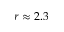
r \approx 2 . 3